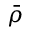
\bar { \rho }